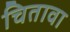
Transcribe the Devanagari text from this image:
चितावा